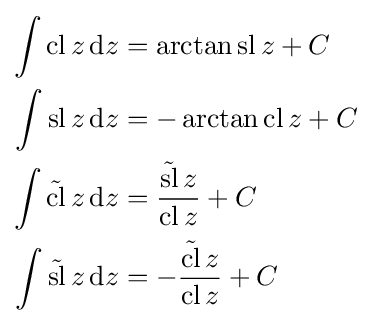
{\begin{aligned}\int \operatorname {cl} z\mathop {\mathrm {d} z} &=\arctan \operatorname {sl} z+C\\\int \operatorname {sl} z\mathop {\mathrm {d} z} &=-\arctan \operatorname {cl} z+C\\\int {\tilde {\operatorname {cl} }}\,z\,\mathrm {d} z&={\frac {{\tilde {\operatorname {sl} }}\,z}{\operatorname {cl} z}}+C\\\int {\tilde {\operatorname {sl} }}\,z\,\mathrm {d} z&=-{\frac {{\tilde {\operatorname {cl} }}\,z}{\operatorname {cl} z}}+C\end{aligned}}